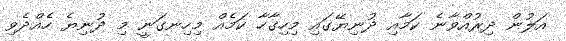
އަލުން ދިރުއްވާނެ ކަމާއި ދުނިޔޭގައި މިހިގާހާ ކަމެއް މިހިނގަނީ މި ދުނިޔެ ހެއްދެވި